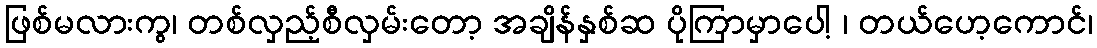
ဖြစ်မလားကွ၊ တစ်လှည့်စီလှမ်းတော့ အချိန်နှစ်ဆ ပိုကြာမှာပေါ့ ၊ တယ်ဟေ့ကောင်၊